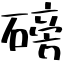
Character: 磅